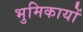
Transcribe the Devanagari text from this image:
भुमिकायों